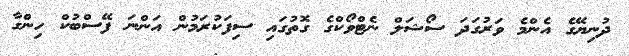
ދުނިޔޭގެ އެންމެ ވަރުގަދަ ސޯޝަލް ނެޓްވޯކްގެ ގޮތުގައި ސިފަކުރަމުން އަންނަ ފޭސްބުކް ހިންގާ